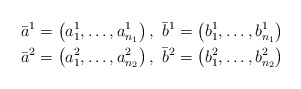
\begin{align*}& \bar{a}^1 = \left(a_1^1,\dots, a_{n_1}^1\right) , \ \bar{b}^1 = \left(b_1^1,\dots, b_{n_1}^1\right) \\& \bar{a}^2 = \left(a_1^2,\dots, a_{n_2}^2\right) , \ \bar{b}^2 = \left(b_1^2,\dots, b_{n_2}^2\right)\end{align*}